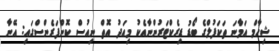
ޝިހާމް އަމާނަ ތަކަފުލްގެ ބޯޑު ޑިރެކްޓަރުންނާއެކު މިއަދު އޮތް ނިއުސް ކޮންފަރެންސްގައި: އޭނާ